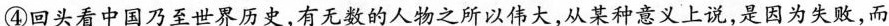
④回头看中国乃至世界历史，有无数的人物之所以伟大，从某种意义上说，是因为失败，而